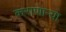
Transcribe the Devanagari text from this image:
कराणाऱ्या